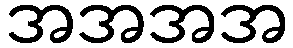
အအအအ